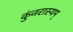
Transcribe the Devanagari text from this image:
कुंजरास्यम्